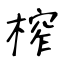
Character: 榨